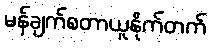
မန်ချက်စတာယူနိုက်တက်